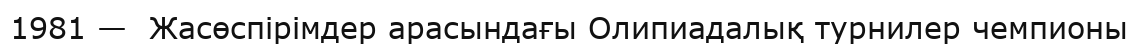
1981 —  Жасөспірімдер арасындағы Олипиадалық турнилер чемпионы